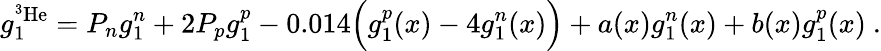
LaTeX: g_{1}^{^3\mathrm{He}}=P_{n}g_{1}^{n}+2P_{p}g_{1}^{p}-0.014\Big(g_{1}^{p}(x)-4g_{1}^{n}(x)\Big)+a(x)g_{1}^{n}(x)+b(x)g_{1}^{p}(x)\ .